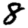
Digit: 8